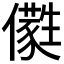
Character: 𠐭